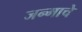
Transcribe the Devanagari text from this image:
जन्माचेे